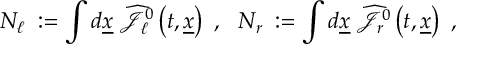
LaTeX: N _ { \ell } \; : = \int d \underline { { { x } } } \; \widehat { { \mathcal J } } _ { \ell } ^ { 0 } \left( t , \underline { { { x } } } \right) ~ , ~ ~ N _ { r } \; : = \int d \underline { { { x } } } \; \widehat { { \mathcal J } } _ { r } ^ { 0 } \left( t , \underline { { { x } } } \right) ~ ,